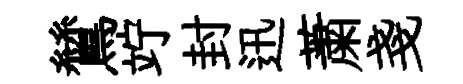
鷥竚封迅䔥戔